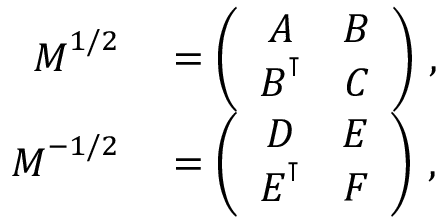
\begin{array} { r l } { \boldsymbol { M } ^ { 1 / 2 } } & { { } = \left( \begin{array} { c c } { \boldsymbol { A } } & { \boldsymbol { B } } \\ { \boldsymbol { B } ^ { \intercal } } & { \boldsymbol { C } } \end{array} \right) \, , } \\ { \boldsymbol { M } ^ { - 1 / 2 } } & { { } = \left( \begin{array} { c c } { \boldsymbol { D } } & { \boldsymbol { E } } \\ { \boldsymbol { E } ^ { \intercal } } & { \boldsymbol { F } } \end{array} \right) \, , } \end{array}